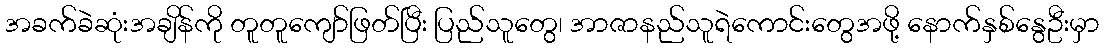
အခက်ခဲဆုံးအချိန်ကို တူတူကျော်ဖြတ်ပြီး ပြည်သူတွေ၊ အာဇာနည်သူရဲကောင်းတွေအဖို့ နောက်နှစ်နွေဦးမှာ